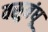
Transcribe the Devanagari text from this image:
वसुबंधू